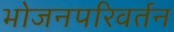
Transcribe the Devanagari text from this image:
भोजनपरिवर्तन